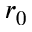
r _ { 0 }